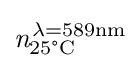
{\mathit {n}}_{\text{25°C}}^{\mathrm {\lambda =589nm} }